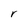
Character: r